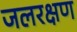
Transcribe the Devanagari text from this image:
जलरक्षण